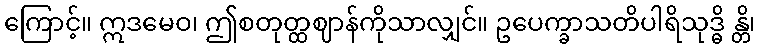
ကြောင့်။ ဣဒမေဝ၊ ဤစတုတ္ထဈာန်ကိုသာလျှင်။ ဥပေက္ခာသတိပါရိသုဒ္ဓိ န္တိ၊